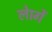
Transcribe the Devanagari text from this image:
लेागें